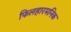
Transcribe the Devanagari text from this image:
फिलहारमनिक